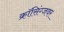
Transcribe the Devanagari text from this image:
क्राॅसिंग्जवर